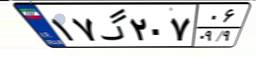
۱۷گ۲۰۷۰۶